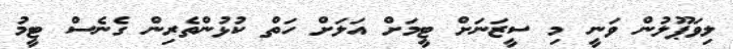
ލިވަޕޫލުން ވަނީ މި ސީޒަނަށް ޓީމަށް އަލަށް ހަތް ކުޅުންތެރިން ގެނެސް ޓީމު